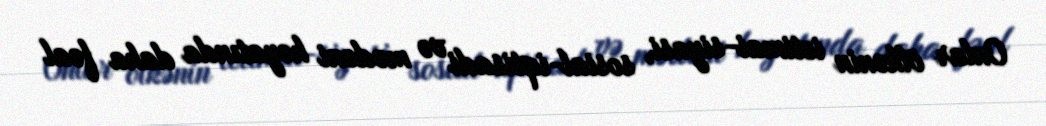
Onlar ölkənin ictimai-siyasi, sosial-iqtisadi və mədəni həyatında daha fəal